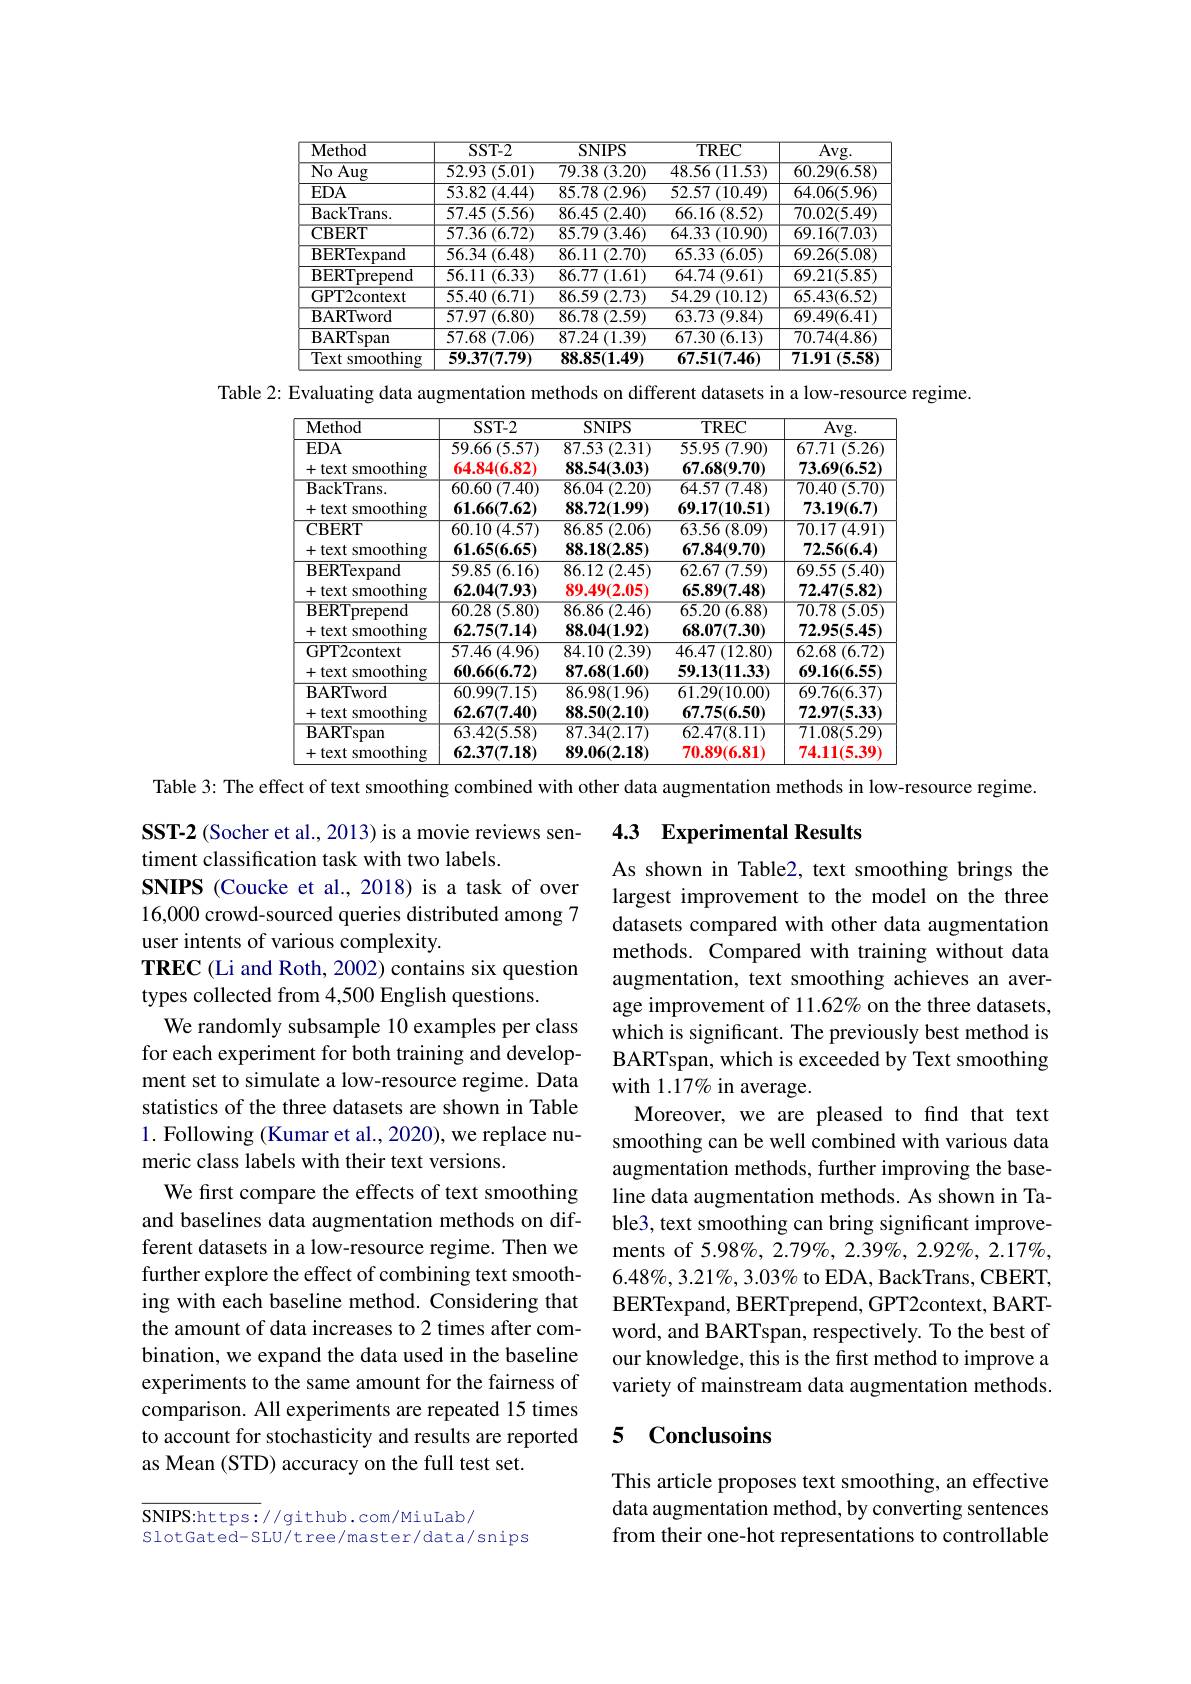
<table>
	<tbody>
		<tr>
			<th>Method</th>
			<th>$SST-2$</th>
			<th>SNIPS</th>
			<th>TREC</th>
			<th>$\overline{\mathrm{Avg.}}$</th>
		</tr>
		<tr>
			<td>$\overline{{\mathrm{No~Aug}}}$</td>
			<td>52.93 (5.01)</td>
			<td>79.38 (3.20)</td>
			<td>$48.56\left(11.53\right)$</td>
			<td>60.29(6.58)</td>
		</tr>
		<tr>
			<td>$EDA$</td>
			<td>$53.82\left(4.44\right)$</td>
			<td>85.78 (2.96)</td>
			<td>$52.57\left(10.49\right)$</td>
			<td>64.06(5.96)</td>
		</tr>
		<tr>
			<td>BackTrans. </td>
			<td>57.45 (5.56)</td>
			<td>86.45 (2.40)</td>
			<td>66.16 (8.52)</td>
			<td>70.02(5.49)</td>
		</tr>
		<tr>
			<td>CBERT</td>
			<td>57.36 (6.72) T</td>
			<td>$85.79\left(3.46\right)$</td>
			<td>$64.33\left(10.90\right)$</td>
			<td>69.16(7.03)</td>
		</tr>
		<tr>
			<td>BERTexpand</td>
			<td>(6.48) 56.34 1</td>
			<td>86.11 (2.70) </td>
			<td>65.33 (6.05)</td>
			<td>69.26(5.08)</td>
		</tr>
		<tr>
			<td>$\mathbf{BERTprepend}$</td>
			<td>56.11 (6.33) $i$</td>
			<td>$86.77\left(1.61\right)$</td>
			<td>$64.74\left(9.61\right)$</td>
			<td>69.21(5.85)</td>
		</tr>
		<tr>
			<td>GPT2context</td>
			<td>$55.40\left(6.71\right)$</td>
			<td>$86.59\left(2.73\right)$</td>
			<td>$54.29\left(10.12\right)$</td>
			<td>65.43(6.52)</td>
		</tr>
		<tr>
			<td>BARTword</td>
			<td>57.97 (6.80)</td>
			<td>86.78 (2.59)</td>
			<td>63.73 (9.84)</td>
			<td>69.49(6.41)</td>
		</tr>
		<tr>
			<td>BARTspan</td>
			<td>57.68 (7.06)</td>
			<td>87.24 $\vdash(1.39)$</td>
			<td>$67.30\left(6.13\right)$</td>
			<td>70.74(4.86)</td>
		</tr>
		<tr>
			<td>Text smoothing</td>
			<td>59.37(7.79)</td>
			<td>88.85(1.49)</td>
			<td>67.51(7.46)</td>
			<td>71.91 (5.58</td>
		</tr>
	</tbody>
</table>

Table 2: Evaluating data augmentation methods on different datasets in a low-resource regime.
<table>
	<tbody>
		<tr>
			<th>$\mathbf{Method}$</th>
			<th>$SST-2$</th>
			<th>SNIPS</th>
			<th>TREC</th>
			<th>$Avg.$</th>
		</tr>
		<tr>
			<td>$EDA$</td>
			<td>$59.66\left(5.57\right)$</td>
			<td>87.53 (2.31)</td>
			<td>$55.95\left(7.90\right)$</td>
			<td>67.71 (5.26,</td>
		</tr>
		<tr>
			<td>- text smoothing 十</td>
			<td>64.84(6.82)</td>
			<td>88.54(3.03)</td>
			<td>67.68(9.70)</td>
			<td>73.69(6.52)</td>
		</tr>
		<tr>
			<td>BackTrans. </td>
			<td>$60.60\left(7.40\right)$</td>
			<td>86.04 (2.20) 1</td>
			<td>$64.57\left(7.48\right)$</td>
			<td>$\overline{70.40}$ $\overline{(5.70)}$</td>
		</tr>
		<tr>
			<td>- text smoothing +</td>
			<td>61.66(7.62)</td>
			<td>88.72(1.99)</td>
			<td>69.17(10.51)</td>
			<td>73.19(6.7)</td>
		</tr>
		<tr>
			<td>$\mathbf{CBERT}$ +text smoothing</td>
			<td>$60.10\left(4.57\right)$ 61.65(6.65)</td>
			<td>86.85 (2.06) 88.18(2.85)</td>
			<td>63.56 (8.09) 67.84(9.70)</td>
			<td>$70.17\left(4.91\right)$ 72.56(6.4)</td>
		</tr>
		<tr>
			<td>$\mathbf{CBERT}$</td>
			<td>$60.10\left(4.57\right)$</td>
			<td>86.85 (2.06)</td>
			<td>63.56 (8.09)</td>
			<td>$70.17\left(4.91\right)$</td>
		</tr>
		<tr>
			<td>$\vdash$text smoothing +</td>
			<td>61.65(6.65)</td>
			<td>88.18(2.85)</td>
			<td>67.84(9.70)</td>
			<td>72.56(6.4)</td>
		</tr>
		<tr>
			<td>+text smoomng ${\mathrm{BERTexpand}}$</td>
			<td>.02(0.00) 01. $\overline{59.85\:(6.16)}$ 102</td>
			<td>$00.10(\angle.00)$ $86.12\left(2.45\right)$ 1017 115 20</td>
			<td>0/.04(9./0) $62.67\left(7.59\right)$ 6580/748</td>
			<td>$1\angle.20(0.4)$ 69.55 (5.40) 7247(58)</td>
		</tr>
		<tr>
			<td>test sinooumg ${\mathbf{BERTexpand}}$ +text smoothing</td>
			<td>$w(ww)$ 1 59.85 (6.16) 62.04(7.93)</td>
			<td>${\mathbf{r}}(\mathbf{r}(\mathbf{r}\mathbf{v})$ $86.12\left(2.45\right)$ 89.49(2.05)</td>
			<td>07(7.10) $62.67\left(7.59\right)$ 65.89(7.48)</td>
			<td>$E_{\bullet}\mathcal{W}(0.7)$ 69.55 (5.40) 72.47(5.82)</td>
		</tr>
		<tr>
			<td>$\mathbf{BERTexpand}$</td>
			<td>59.85 $i(6.16)$</td>
			<td>$86.12\left(2.45\right)$</td>
			<td>$62.67\left(7.59\right)$</td>
			<td>69.55 (5.40) 1</td>
		</tr>
		<tr>
			<td>text smoothing 十</td>
			<td>62.04(7.93)</td>
			<td>89.49(2.05)</td>
			<td>65.89(7.48)</td>
			<td>72.47(5.82)</td>
		</tr>
		<tr>
			<td>$\mathbf{BERTprepend}$</td>
			<td>60.28 (5.80)</td>
			<td>86.86 (2.46)</td>
			<td>$65.20\left(6.88\right)$</td>
			<td>$\overline{70.78}$ $\overline{(5.05)}$</td>
		</tr>
		<tr>
			<td>${\overline{{\mathbf{BERTprepend}}}}$ +text smoothing</td>
			<td>60.28 $\overline{{3}\left(5.80\right)}$ 62.75(7.14)</td>
			<td>86.86 (2.46) 88.04(1.92)</td>
			<td>$65.20\left(6.88\right)$ 68.07(7.30)</td>
			<td>$\overline{70.78}$ (5.05) 72.95(5.45)</td>
		</tr>
		<tr>
			<td>smoothing 十 text $-C$</td>
			<td>62.75(7.14)</td>
			<td>88.04(1.92)</td>
			<td>68.07(7.30)</td>
			<td>72.95(5.45)</td>
		</tr>
		<tr>
			<td>VIL ${\boldsymbol{JI}}\boldsymbol{\Lambda}\boldsymbol{L}$ $\mathbf{11111}$ GPT2context +text smoothing</td>
			<td>${\mathbf{m}}^{\mathbf{w}(\mathbf{m})}$ 57.46 (4.96) 60.66(6.72)</td>
			<td>$\textbf{ror}( \mathbf{x} \mathbf{r} )$ 84.10 (2.39) 87.68(1.60)</td>
			<td>${\mathbf{0}}^{\prime}({\mathbf{1}}^{\mathbf{0}},{\mathbf{0}})$ $46.47\left(12.80\right)$ 59.13(11.33)</td>
			<td>$PV(v)$ 62.68 (6.72) 69.16(6.55)</td>
		</tr>
		<tr>
			<td>VIL MA ${\mathrm{trnn}}b$ GPT2context +text smoothing</td>
			<td>${^{\prime}\boldsymbol{v}(^{\prime}\boldsymbol{r}\boldsymbol{r})}$ 57.46 (4.96) 60.66(6.72)</td>
			<td>$\textbf{0 T}( \mathbf{n} )$ 84.10 (2.39) 87.68(1.60)</td>
			<td>$\textbf{101}^{\prime }( \textbf{1100})$ $46.47\left(12.80\right)$ 59.13(11.33)</td>
			<td>$PV(v)$ 62.68 8 (6.72) 69.16(6.55)</td>
		</tr>
		<tr>
			<td>GPT2context</td>
			<td>57.46 (4.96)</td>
			<td>$84.10\left(2.39\right)$</td>
			<td>$46.47\left(12.80\right)$</td>
			<td>62.68 ${\mathbf{s}}\left(6.72\right)$</td>
		</tr>
		<tr>
			<td>+text smoothing 十</td>
			<td>60.66(6.72)</td>
			<td>87.68(1.60)</td>
			<td>59.13(11.33)</td>
			<td>69.16(6.55)</td>
		</tr>
		<tr>
			<td>BARTword</td>
			<td>60.99(7.15)</td>
			<td>86.98(1.96)</td>
			<td>61.29(10.00)</td>
			<td>69.76(6.37)</td>
		</tr>
		<tr>
			<td>- text smoothing 十</td>
			<td>62.67(7.40)</td>
			<td>88.50(2.10)</td>
			<td>67.75(6.50)</td>
			<td>72.97(5.33)</td>
		</tr>
		<tr>
			<td>$\overline{{\mathrm{BARTspan}}}$</td>
			<td>63.42(5.58)</td>
			<td>87.34(2.17)</td>
			<td>62.47(8.11)</td>
			<td>71.08(5.29)</td>
		</tr>
		<tr>
			<td>+text smoothing 十</td>
			<td>62.37(7.18)</td>
			<td>89.06(2.18)</td>
			<td>70.89(6.81)</td>
			<td>74.11(5.39)</td>
		</tr>
	</tbody>
</table>

Table 3: The effect of text smoothing combined with other data augmentation methods in low-resource regime.

4.3 Experimental Results

As shown in Table2, text smoothing brings the largest improvement to the model on the three datasets compared with other data augmentation methods. Compared with training without data augmentation, text smoothing achieves an average improvement of 11.62% on the three datasets, which is significant. The previously best method is BARTspan, which is exceeded by Text smoothing with 1.17% in average.
Moreover, we are pleased to find that text smoothing can be well combined with various data augmentation methods, further improving the baseline data augmentation methods. As shown in Table3, text smoothing can bring significant improvements of 5.98%, 2.79%, 2.39%, 2.92%, 2.17%, $6.48\%,3.21\%,3.03\%$ to EDA, BackTrans, CBERT, BERTexpand, BERTprepend, GPT2context, BARTword, and BARTspan, respectively. To the best of our knowledge, this is the first method to improve a variety of mainstream data augmentation methods.

SST-2 (Socher et al., 2013) is a movie reviews sen-
timent classification task with two labels.
SNIPS (Coucke et al., 2018) is a task of over 16,000 crowd-sourced queries distributed among 7 user intents of various complexity.
TREC (Li and Roth, 2002) contains six question
types collected from 4,500 English questions.
We randomly subsample 10 examples per class for each experiment for both training and development set to simulate a low-resource regime. Data statistics of the three datasets are shown in Table 1. Following (Kumar et al., 2020), we replace numeric class labels with their text versions.
We first compare the effects of text smoothing and baselines data augmentation methods on different datasets in a low-resource regime. Then we further explore the effect of combining text smoothing with each baseline method. Considering that the amount of data increases to 2 times after combination, we expand the data used in the baseline experiments to the same amount for the fairness of comparison. All experiments are repeated 15 times to account for stochasticity and results are reported as Mean (STD) accuracy on the full test set.

### 5 Conclusoins

This article proposes text smoothing, an effective data augmentation method, by converting sentences from their one-hot representations to controllable

SNIPS:https://github.com/MiuLab/
SlotGated- SLU/t ree/master/data/snips